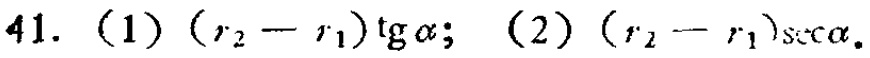
41. (1) \((r_2 - r_1)\tg\alpha\); (2) \((r_2 - r_1)\sec\alpha\).